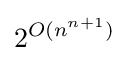
2^{O(n^{n+1})}